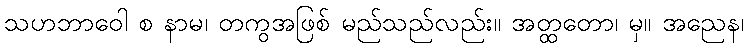
သဟဘာဝေါ စ နာမ၊ တကွအဖြစ် မည်သည်လည်း။ အတ္ထတော၊ မှ။ အညေန၊